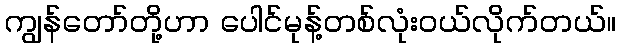
ကျွန်တော်တို့ဟာ ပေါင်မုန့်တစ်လုံးဝယ်လိုက်တယ်။